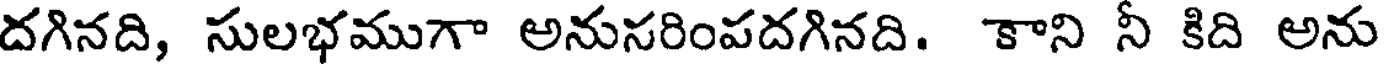
దగినది, సులభముగా అనుసరింపదగినది. కాని నీ కిది అను